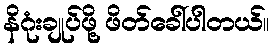
နိဂုံးချုပ်ဖို့ ဖိတ်ခေါ်ပါတယ်။